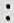
: